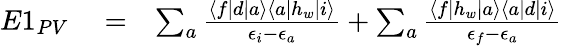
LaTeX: \begin{array}{rlr}{E1_{PV}}&{{}=}&{\sum_{a}\frac{\langle f|d|a\rangle\langle a|h_{w}|i\rangle}{\epsilon_{i}-\epsilon_{a}}+\sum_{a}\frac{\langle f|h_{w}|a\rangle\langle a|d|i\rangle}{\epsilon_{f}-\epsilon_{a}}}\end{array}